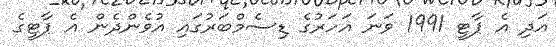
އަދި އެ ޕާޓީ 1991 ވަނަ އަހަރުގެ ޑިސެމްބަރުގައި އުވެންދެން އެ ޕާޓީގެ